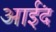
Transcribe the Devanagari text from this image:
आईंद